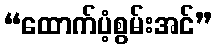
“ထောက်ပံ့စွမ်းအင်”